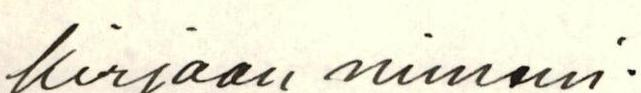
kirjaan nimeni.